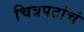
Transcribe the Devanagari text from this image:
चित्रपटांचं